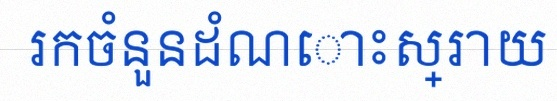
រកចំនួនដំណោះស្រាយ